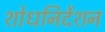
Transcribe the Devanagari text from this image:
शोधनिर्देशन